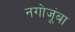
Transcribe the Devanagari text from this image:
नगोजूंबा